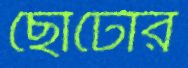
ছোটোর